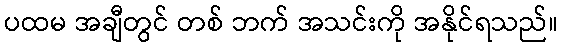
ပထမ အချီတွင် တစ် ဘက် အသင်းကို အနိုင်ရသည်။